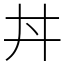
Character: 丼